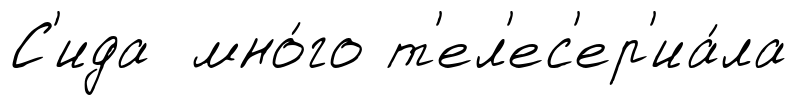
С'ида мно́го т'ел'ес'ер'иа́ла